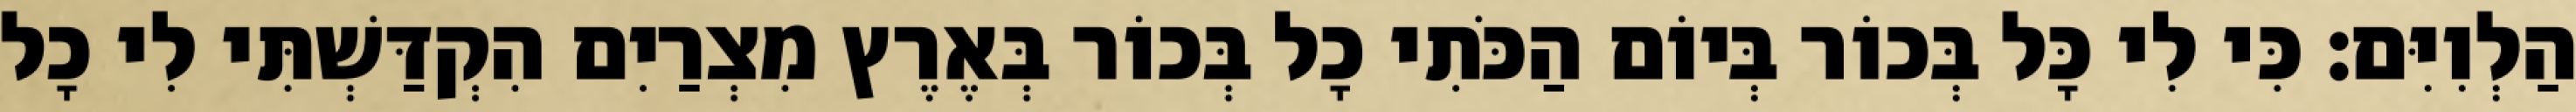
הַלְוִיִּם׃ כִּי לִי כָּל בְּכוֹר בְּיוֹם הַכֹּתִי כָל בְּכוֹר בְּאֶרֶץ מִצְרַיִם הִקְדַּשְׁתִּי לִי כָל